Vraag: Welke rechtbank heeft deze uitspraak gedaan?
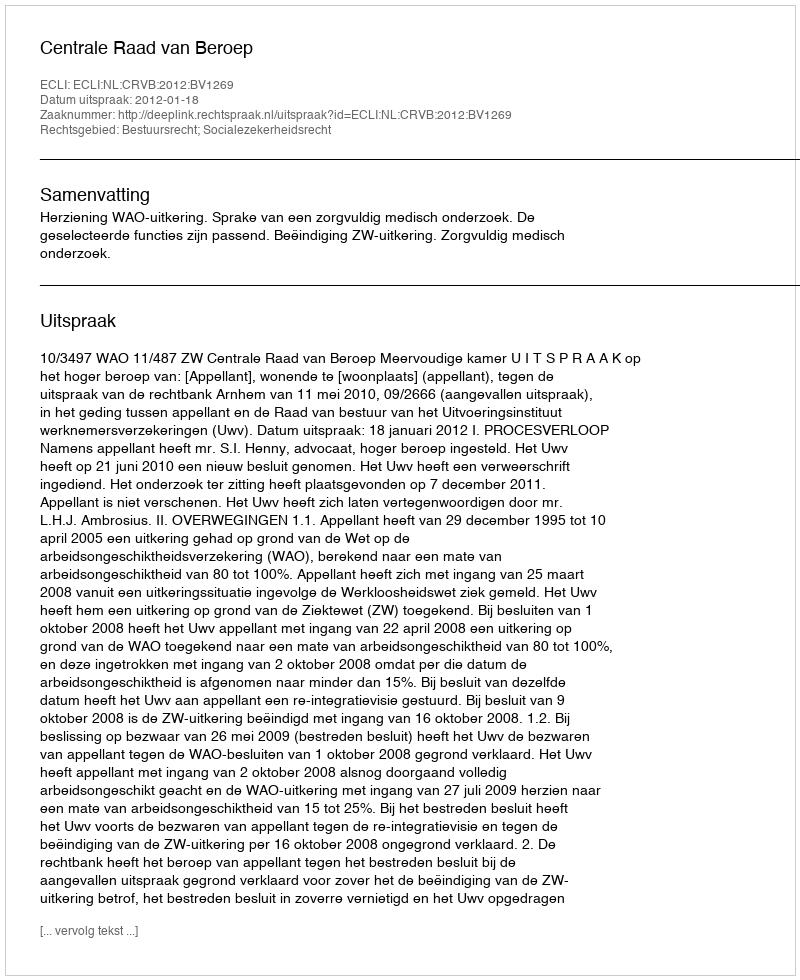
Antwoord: Centrale Raad van Beroep